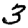
Digit: 3